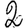
Digit: 2